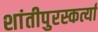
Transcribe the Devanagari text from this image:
शांतीपुरस्कर्त्या